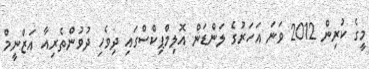
މީގެ ކުރިން 2012 ވަނަ އަހަރުގެ ލަންޑަން އޮލިމްޕިކްސްގައި ދިވެހި ދުވުންތެރިއާ އަޒްނީމް